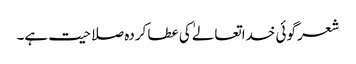
شعر گوئی خداتعالےٰ کی عطا کردہ صلاحیت ہے۔